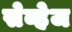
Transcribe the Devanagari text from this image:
सेव्हेज